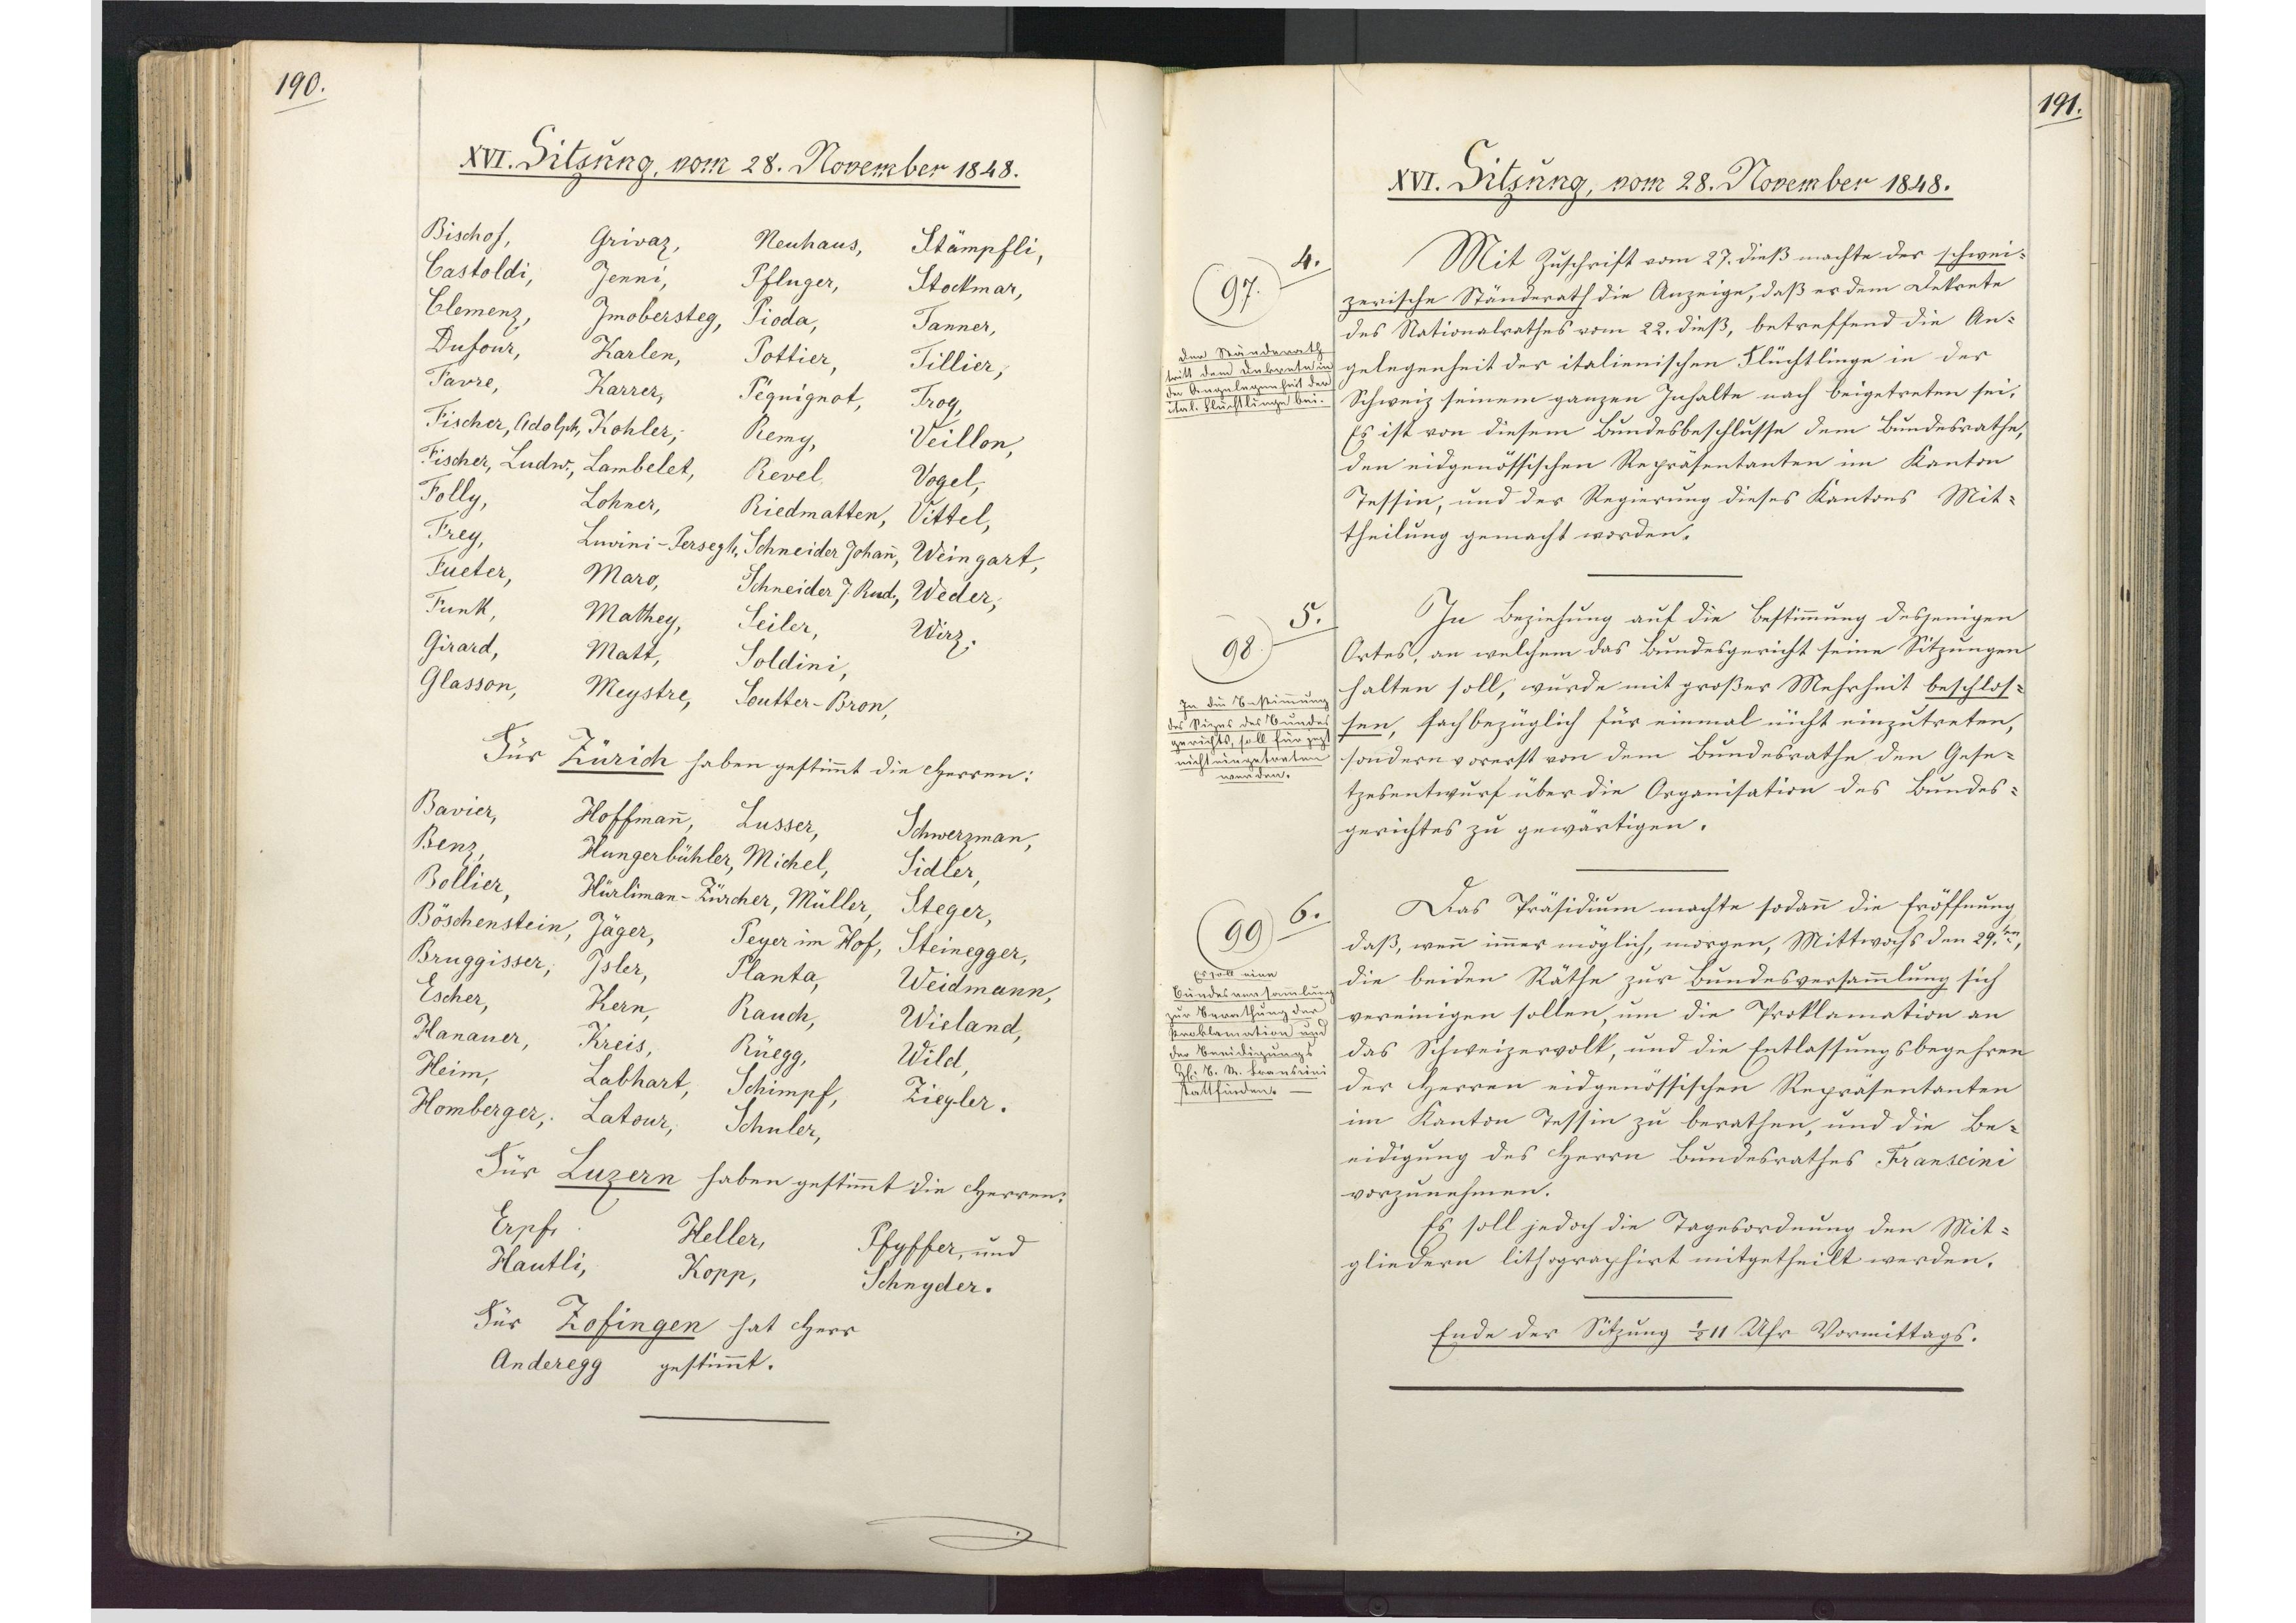
190.

XVI. Sitzung, vom 28. November 1848.

Bischof,
Grivaz,
Neuhaus,
Stämpfli,
Castoldi,
Jenni,
Pflüger,
Stockmar,
Clemenz,
Imobersteg,
Pioda,
Tanner,
Dufour,
Karlen,
Pottier,
Tillier,
Favre.
Karrer,
Péquignot,
Trog,
Fischer, Adolph,
Kohler,
Remy,
Veillon,
Fischer, Ludw.,
Lambelet,
Revel,
Vogel,
Folly,
Lohner,
Riedmatten,
Vittel,
Frey,
Luvini-Persegh.,
Schneider Johann,
Weingart,
Fueter,
Maro,
Schneider J. Rud.,
Weder,
Funk,
Mathey,
Seiler,
Wirz,
Girard,
Matt,
Soldini,
Glasson,
Meystre,
Soutter-Bron.
Für Zürich haben gestimmt die Herren:
Bavier,
Hoffmann,
Lusser,
Schwerzman,
Benz,
Hungerbühler,
Michel,
Sidler,
Bollier,
Hürliman-Zürcher,
Müller,
Steger,
Böschenstein,
Jäger,
Peyer im Hof,
Steinegger,
Bruggisser,
Isler,
Planta,
Weidmann,
Escher,
Kern,
Rauch,
Wieland,
Hanauer,
Kreis,
Rüegg,
Wild,
Heim,
Labhart,
Schimpf,
Ziegler,
Homberger,
Latour,
Schuler.
Für Luzern haben gestimmt die Herren:
Erpf,
Heller,
Pfyffer, und
Hautli,
Kopp,
Schnyder.
Für Zofingen hat Herr
Anderegg gestimmt.

191.

XVI. Sitzung, vom 28. November 1848.

Mit Zuschrift vom 27. dieß machte der schwei¬
zerische Ständerath die Anzeige, daß er dem Dekrete
des Nationalrathes vom 22. dieß, betreffend die An¬
gelegenheit der italienischen Flüchtlinge in der
Schweiz seinem ganzen Inhalte nach beigetreten sei.
Es ist von diesem Bundesbeschlusse dem Bundesrathe,
den eidgenössischen Repräsentanten im Kanton
Tessin, und der Regierung dieses Kantons Mit¬
theilung gemacht worden.
In Beziehung auf die Bestimmung desjenigen
Ortes, an welchem das Bundesgericht seine Sitzungen
halten soll, wurde mit großer Mehrheit beschlos¬
sen, sachbezüglich für einmal nicht einzutreten,
sondern vorerst von dem Bundesrathe den Gese¬
tzesentwurf über die Organisation des Bundes¬
gerichtes zu gewärtigen.
Das Präsidium machte sodann die Eröffnung
daß, wenn immer möglich, morgen, Mittwochs den 29.ten
die beiden Räthe zur Bundesversammlung sich
vereinigen sollen, um die Proklamation an
das Schweizervolk, und die Entlassungsbegehren
der Herren eidgenössischen Repräsentanten
im Kanton Tessin zu berathen, und die Be¬
eidigung des Herrn Bundesrathes Franscini
vorzunehmen.
Es soll jedoch die Tagesordnung den Mit¬
gliedern lithographirt mitgetheilt werden.
Ende der Sitzung 1/2 11 Uhr Vormittags.

4.
97
Der Ständerath
tritt dem Dekrete in
der Angelegenheit der
ital. Flüchtlinge bei.

5.
98
In die Bestimmung
des Sizes des Bundes¬
gerichts, soll für jezt
nicht eingetreten
werden.

6.
99
Es soll eine
Bundesversammlung
zur Berathung der
Proklamation und
der Beeidigung d.
Herrn J. S. Franscini
stattfinden.